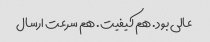
عالی بود. هم کیفیت. هم سرعت ارسال